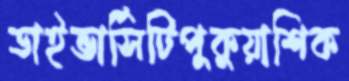
ডাইভার্সিটিপুকুয়াশিক